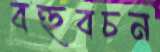
বহুবচন